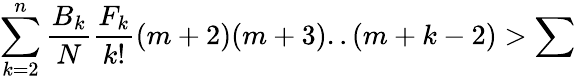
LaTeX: \sum_{k=2}^{n}\frac{B_{k}}{N}\frac{F_{k}}{k!}(m+2)(m+3)..(m+k-2)>\sum